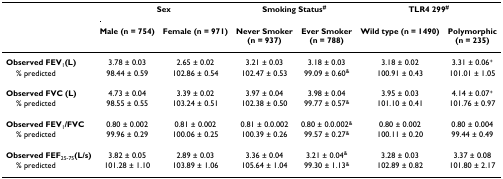
|  | <COLSPAN=2> Sex | <COLSPAN=2> Smoking Status# | <COLSPAN=2> TLR4 299# |
 |  | Male (n = 754) | Female (n = 971) | Never Smoker(n = 937) | Ever Smoker(n = 788) | Wild type (n = 1490) | Polymorphic(n = 235) |
 | --- | --- | --- | --- | --- | --- | --- |
 | Observed FEV1(L) | 3.78 ± 0.03 | 2.65 ± 0.02 | 3.21 ± 0.03 | 3.18 ± 0.03 | 3.18 ± 0.02 | 3.31 ± 0.06+ |
 | % predicted | 98.44 ± 0.59 | 102.86 ± 0.54 | 102.47 ± 0.53 | 99.09 ± 0.60& | 100.91 ± 0.43 | 101.01 ± 1.05 |
 | Observed FVC (L) | 4.73 ± 0.04 | 3.39 ± 0.02 | 3.97 ± 0.04 | 3.98 ± 0.04 | 3.95 ± 0.03 | 4.14 ± 0.07+ |
 | % predicted | 98.55 ± 0.55 | 103.24 ± 0.51 | 102.38 ± 0.50 | 99.77 ± 0.57& | 101.10 ± 0.41 | 101.76 ± 0.97 |
 | Observed FEV1/FVC | 0.80 ± 0.002 | 0.81 ± 0.002 | 0.81 ± 0.0.002 | 0.80 ± 0.0.002& | 0.80 ± 0.002 | 0.80 ± 0.004 |
 | % predicted | 99.96 ± 0.29 | 100.06 ± 0.25 | 100.39 ± 0.26 | 99.57 ± 0.27& | 100.11 ± 0.20 | 99.44 ± 0.49 |
 | Observed FEF25-75(L/s) | 3.82 ± 0.05 | 2.89 ± 0.03 | 3.36 ± 0.04 | 3.21 ± 0.04& | 3.28 ± 0.03 | 3.37 ± 0.08 |
 | % predicted | 101.28 ± 1.10 | 103.89 ± 1.06 | 105.64 ± 1.04 | 99.30 ± 1.13& | 102.89 ± 0.82 | 101.80 ± 2.17 |